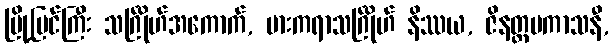
မြို့ပြင်ကြီး သင်္ဂြိုဟ်အကောက်, ဗားကရာသင်္ဂြိုဟ် နိဿယ, ဇိနတ္ထပကာသနီ,